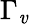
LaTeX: \Gamma_{\mathit{v}}